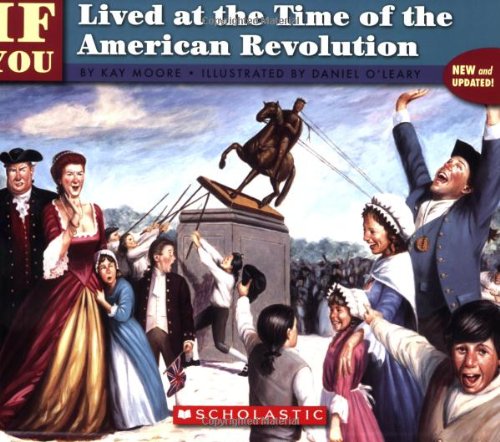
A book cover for If You Lived At The Time Of The American Revolution; Kay Moore; Children's Books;